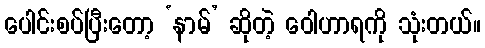
ပေါင်းစပ်ပြီးတော့ ‘နာမ်’ ဆိုတဲ့ ဝေါဟာရကို သုံးတယ်။